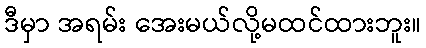
ဒီမှာ အရမ်း အေးမယ်လို့မထင်ထားဘူး။